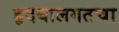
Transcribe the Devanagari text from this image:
हृदयालगतचा